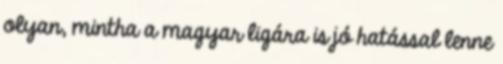
olyan, mintha a magyar ligára is jó hatással lenne